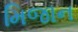
મિજાન